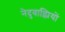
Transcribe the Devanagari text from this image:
नेदुवाझियों